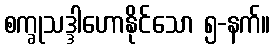
စက္ခုသဒ္ဒါဟောနိုင်သော ၅-နက်။